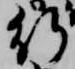
行